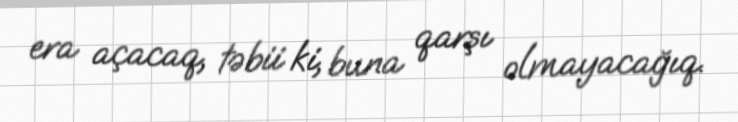
era açacaq, təbii ki, buna qarşı olmayacağıq.